Vital statistics of India. Vol. IV, Annual returns from 1871 to 1876. British Army of India, Native Army and jails of Bengal
Year: 1871
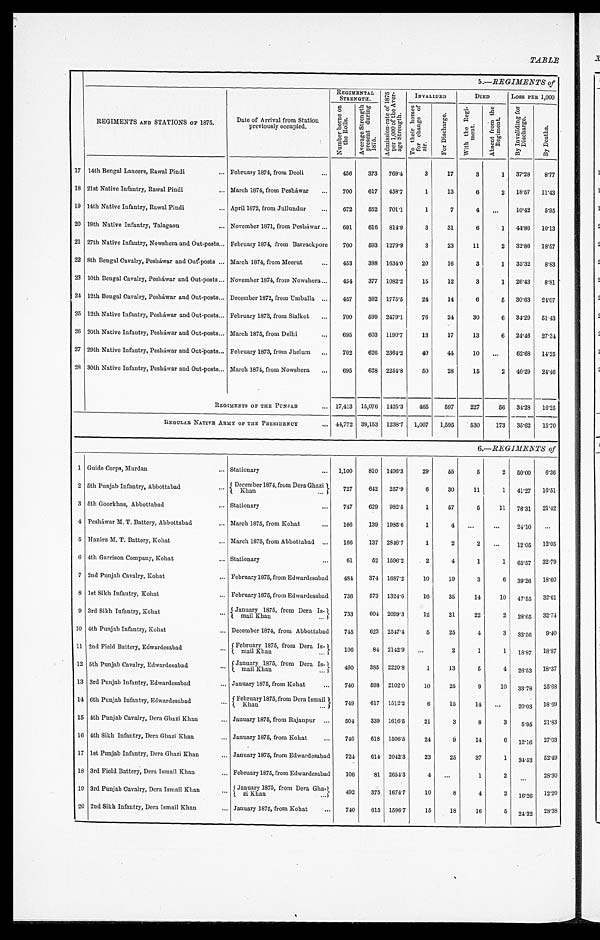
TABLE
5.—REGIMENTS of'
REGIMENTS AND STATIONS OF 1875.
Date of Arrival from Station
previously occupied.
REGIMENTAL
STRENGTH.
A d m i s s i o n - r a t e o f 1 8 7 5 p e r 1 , 0 0 0 o f t h e A v e r a g e S t r e n g t h .
INVALIDED
DIED
Loss PER 1,000
-
N u m b e r b o r n e o n t h e R o l l s .
A v e r a g e S t r e n g t h p r e s e n t d u r i n g 1 8 7 5 .
T o t h e i r h o m e s f o r c h a n g e o f a i r .
F o r D i s c h a r g e .
W i t h t h e R e g i m e n t .
A b s e n t f r o m t h e R e g i m e n t .
B y I n v a l i d i n g f o r D i s c h a g r e .
B y D e a t h s .
17 14th Bengal Lancers, Rawal Pindi
. . .
February 1874, from Deoli
. . .
456
373 769.4
3
17
3
1 37.28
8.77
18 21st Native Infantry, Rawal Pindi
. . . March 1874, from Peshawar
. . . 700
617 458.7
1
13
6
2 18.57 11.43
19 14th Native Infantry, Rawal Pindi
. . . April 1872, from Jullundur
. . . 672
552 701 .1
1
7
4
. . . 10.42
5.95
20 19th Native Infantry, Talagaon
. . . November 1871, from Peshawar ...
691
616 814.9
3
31
6
1 44.86 10.13
21 27th Native Infantry, Nowshera and Out-posts . . . February 1874, from Barrackpore
700
593 1279.9
3
23
11
2 32.86 18.57
22 8th Bengal Cavalry, Peshawar and Out-posts . . . March 1874, from Meerut
...
453
388 1634.0
20
16
3
1 35.32
8.83
23 10th Bengal Cavalry, Peshawar and Out-posts . . . November 1874, from Nowshera . . . 454
377 1082.2
15
12
3
1 26.43 8.81
24 12th Bengal Cavalry, Peshawar and Out-posts . . . December 1872, from Umballa ...
457
392 1775.5
24
14
6
5 30.63 21.07
25 12th Native Infantry, Peshawar and Out-posts . . . February 1873, from Sialkot
...
700
599 2479.1
76
24
30
6 34.29 51.43
26 20th Native Infantry, Peshawar and Out-posts . . . March 1875, from Delhi
...
695
603 1190.7
13
17
13
6 24.46 27.34
27 29th Native Infantry, Peshawar and Out-posts
. . . February 1873, from Jhelum ...
702
626 2364.2
40
44
10
...
62.68 14.25
28 30th Native Infantry, Peshawar and Out-posts . . .
March 1874, from Nowshera ...
695
628 2254.8
50
28
15
2 40.29 24.46
REGIMENTS OF THE PUNJAB
... 17,413 15,076 1425.3
465
597
227
56 34.28 16.25
REGULAR NATIVE ARMY OF THE PRESIDENCY
... 44,772 39,153 1238.7 1,007 1,595
530
173 35.62 15.70
6.—REGIMENTS of
1 Guide Corps, Murdan
... Stationary
... 1,100
810 1496.3
29
55
5
2 50.00
6.36
2 5th Punjab Infantry, Abbottabad
. . . December 1874, from Dera Ghazi
727
642 257.9
6
30
11
1 41.27 16.51
Khan
...
3 5th Goorkhas, Abbottabad
... Stationary
...
747
629 982.5
1
57
5
11 76.31 21.42
4 Peshawar M. T. Battery, Abbottabad
... March 1875, from Kohat
...
166
139 1985.6
1
4
...
...
24.10
...
5 Hazára M. T. Battery, Kohat
... March 1875, from Abbottabad ...
166
137 2846.7
1
2
2
. . . 12.05 12.05
6 4th Garrison Company, Kohat
... Stationary
...
61
52 1596.2
2
4
1
1 65.57 32.79
7 2nd Punjab Cavalry, Kohat
... February 1875, from Edwardesabad
484
374 1687.2
10
19
3
6 39.26 18.60
8 1st Sikh Infantry, Kohat
... February 1875, from Edwardesabad
736
573 1324.6
16
35
14
10 47.55 32.61
9 3rd Sikh Infantry, Kohat
... January 1875 from Dera Is-
733
604 2099.3
12
21
22
2 28.65 32.74
ma i l Kh a n
...
10 4th Punjab Infantry, Kohat
... December 1874, from Abbottabad ...
745
623 2547.4
5
25
4
3
3 3 . 5 6
9.40
11 2nd Field Battery, Edwardesabad
February 1875, from Dera Is-
106
84 2142.9 ...
2
1
1 18.87 18.87
mail Khan
12 5th Punjab Cavalry Edwardesabad
,
... January 1875, from Dera Is-
4 9 0
3 8 5 2220.8
1
13
5
4 26.53 18.37
m a i l K h a n
...
13 3rd Punjab Infantry, Edwardesabad
... January 1875, from Kohat
...
740
598 2102.0
10
25
9
10 33 . 78 25.68
14 6th Punjab Infantry, Edwardesabad
. . . February 1875 from Dera Ismail
749
617 1512.2
6
15
14
...
20.03 18.69
Khan
. . .
15 4th Punjab Cavalry, Dera Ghazi Khan
... January 1875, from Rajanpur ...
504
339 1616.5
21
3
8
3
5.95 21.83
16 4th Sikh Infantry, Dera Ghazi Khan
... January 1875, from Kohat
...
740
618 1506.5
24
9
14
6 12.16 27.03
17 1st Punjab Infantry, Dera Ghazi Khan
... January 1875, from Edwardesabad
724
614 2042.3
23
25
37
1
3 4 . 5 3 52.49
18 3rd Field Battery, Dera Ismail Khan
... February 1875, from Edwardesabad
106
81 2654.3 4
. . .
1
2
...
28.30
19 3rd Punjab Cavalry, Dera Ismail Khan
. . . ( January 1875, from Dera Gha-
492
375 1674.7
10
8
4
2 16.26 12.20
zi Khan
. . .
20 2nd Sikh Infantry, Dera Ismail Khan
... January 1875, from Kohat
...
740
615 1596.7
15
18
16
5 24.32 28.38